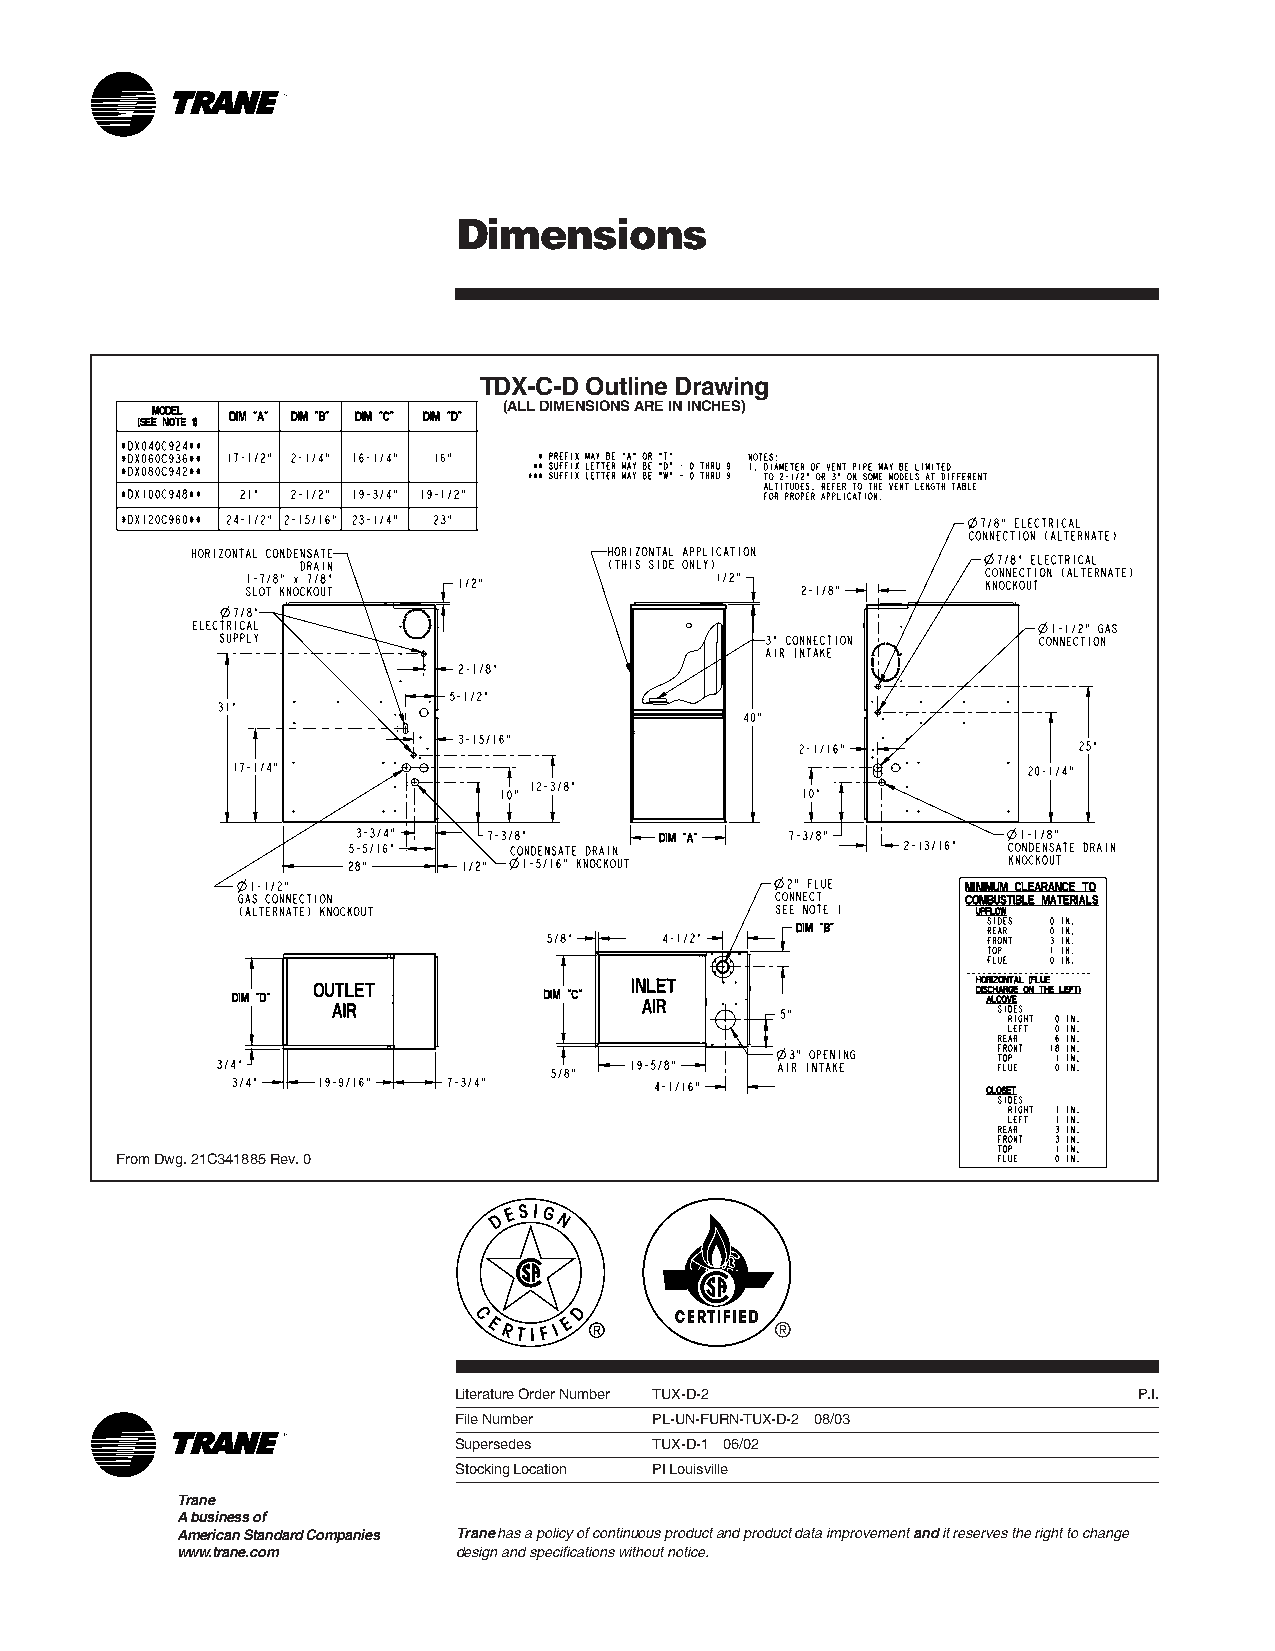
Dimensions
 TDX-C-D Outline Drawing
 (ALL DIMENSIONS ARE IN INCHES)
 From Dwg. 21C341885 Rev. 0
 Literature Order Number TUX-D-2              P.I.
 File Number  PL-UN-FURN-TUX-D-2 08/03
 Supersedes   TUX-D-1 06/02
 Stocking Location PI Louisville
 Trane
 A business of
 American Standard Companies Trane has a policy of continuous product and product data improvement and it reserves the right to change
 www.trane.com     design and specifications without notice.